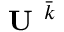
\textbf { U } ^ { \bar { k } }